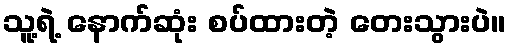
သူ့ရဲ့ နောက်ဆုံး စပ်ထားတဲ့ တေးသွားပဲ။